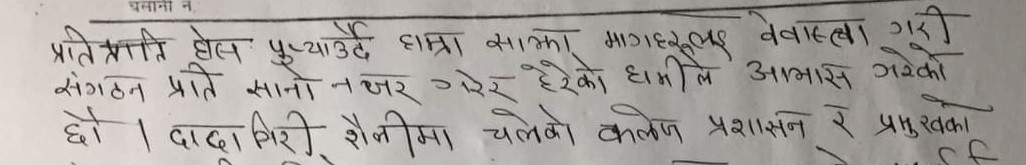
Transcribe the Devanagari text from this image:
प्रतिक्रति हेल पुऱ्याउँदै हाम्रा साझा मागहरुलाइ वेवास्ता गरी
संगठन प्रति साना नजर गरेर हेरेको हामीले आभास गरेको
छो । दादागिरी शैलीमा चलेको कलेज प्रशासन र प्रमुखका